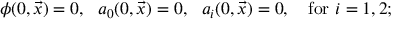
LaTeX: \phi ( 0 , \vec { x } ) = 0 , \: \: \: a _ { 0 } ( 0 , \vec { x } ) = 0 , \: \: \: a _ { i } ( 0 , \vec { x } ) = 0 , \: \: \: \mathrm { ~ f o r ~ } i = 1 , 2 ;